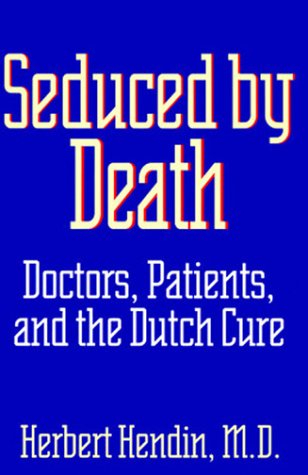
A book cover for Seduced by Death: Doctors, Patients, and the Dutch Cure; Herbert Hendin; Medical Books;